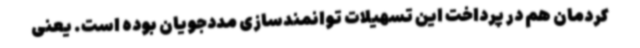
کردمان هم در پرداخت این تسهیلات توانمندسازی مددجویان بوده است. یعنی